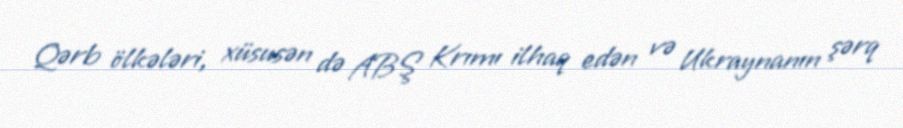
Qərb ölkələri, xüsusən də ABŞ Krımı ilhaq edən və Ukraynanın şərq